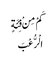
کَمْ مِنْ فِئَةٍ
الْرُّعْبَ